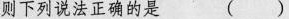
下列说法正确的是 ( )